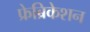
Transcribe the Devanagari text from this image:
फ्रेब्रिकेशन